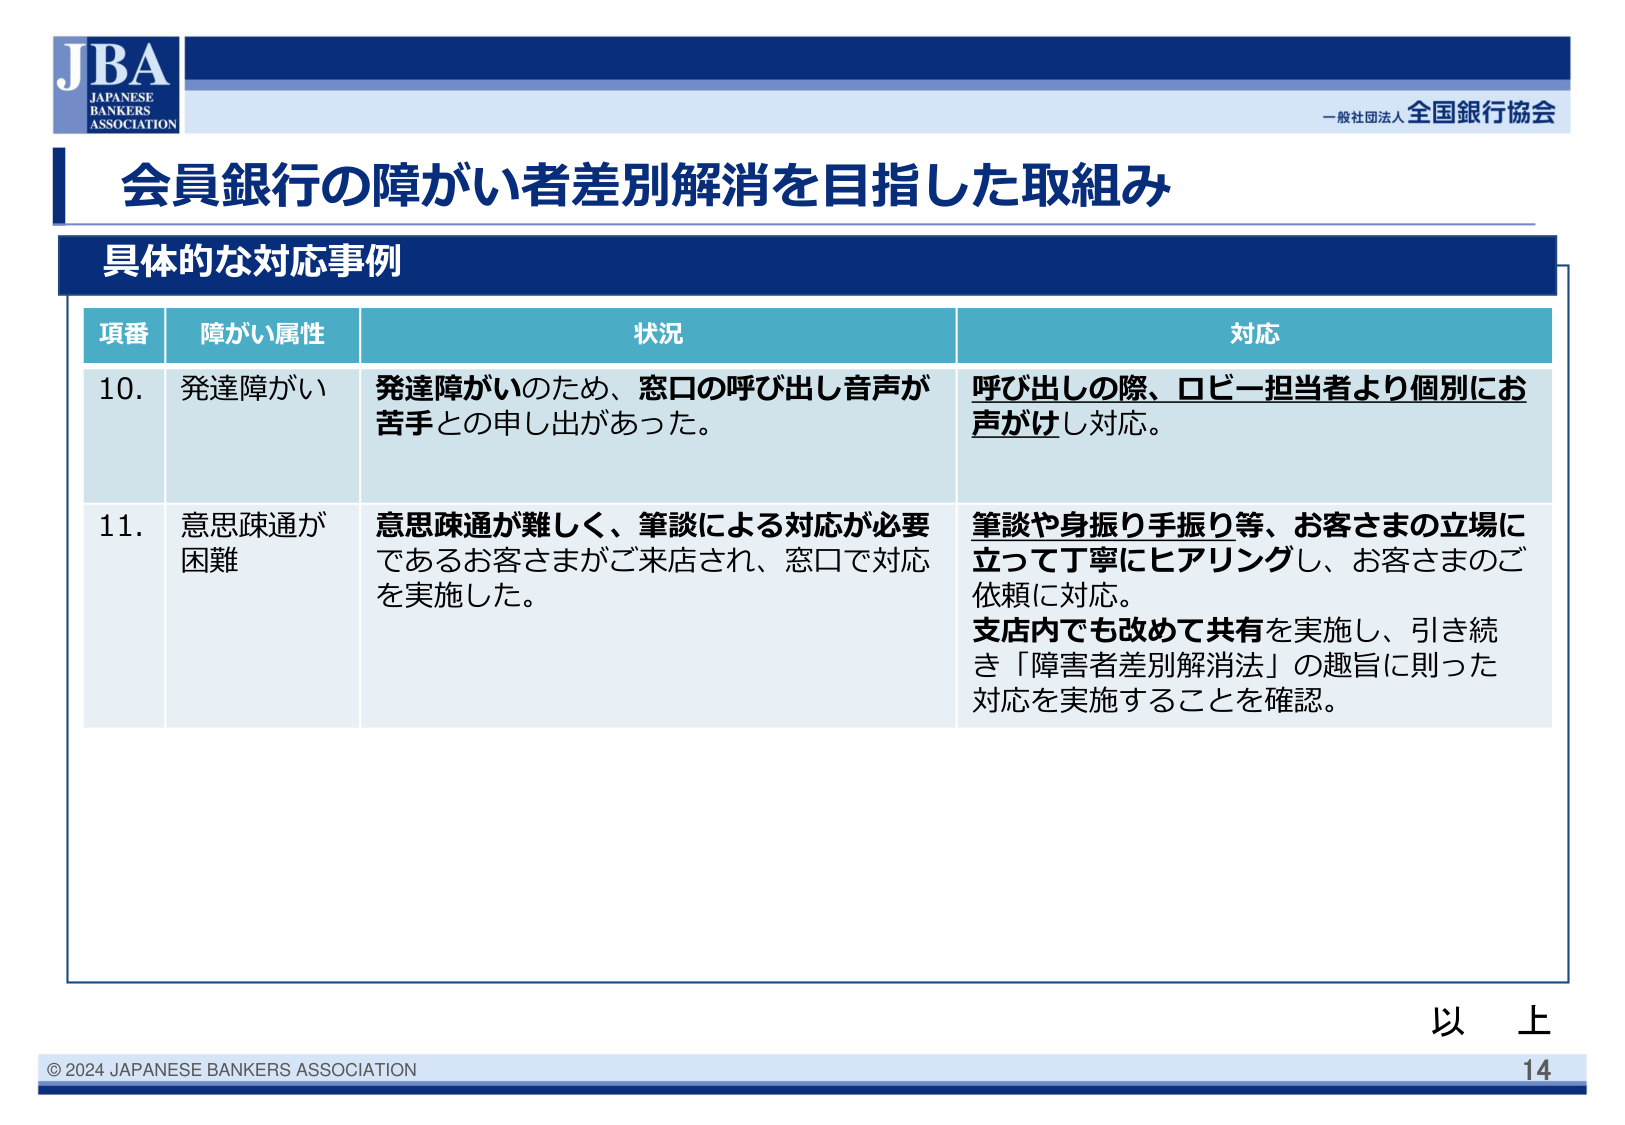
JBA
JAPANESE
BANKERS
ASSOCIATION

一般社団法人 全国銀行協会

会員銀行の障がい者差別解消を目指した取組み

具体的な対応事例

項番　障がい属性　状況　対応

10. 発達障がい　発達障がいのため、窓口の呼び出し音声が苦手との申し出があった。　呼び出しの際、ロビー担当者より個別にお声がけし対応。

11. 意思疎通が困難　意思疎通が難しく、筆談による対応が必要であるお客さまがご来店され、窓口で対応を実施した。　筆談や身振り手振り等、お客さまの立場に立って丁寧にヒアリングし、お客さまのご依頼に対応。支店内でも改めて共有を実施し、引き続き「障害者差別解消法」の趣旨に則った対応を実施することを確認。

以 上

© 2024 JAPANESE BANKERS ASSOCIATION
14